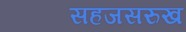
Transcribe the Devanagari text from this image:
सहजसरुख